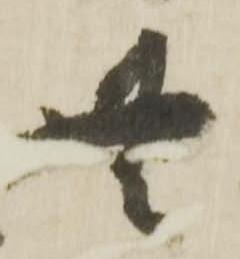
無